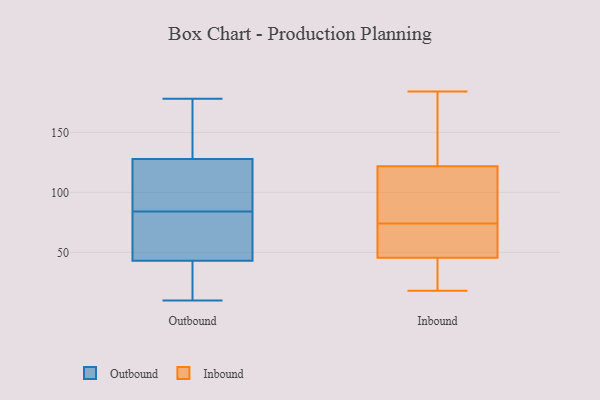
{"axis": {"x": "Conversion Rate (%)", "y": "Value"}, "legend": ["Inbound", "Outbound"], "data": [{"x": "", "y": 85, "type": "Outbound"}, {"x": "", "y": 41, "type": "Outbound"}, {"x": "", "y": 115, "type": "Outbound"}, {"x": "", "y": 25, "type": "Outbound"}, {"x": "", "y": 135, "type": "Outbound"}, {"x": "", "y": 53, "type": "Outbound"}, {"x": "", "y": 49, "type": "Outbound"}, {"x": "", "y": 132, "type": "Outbound"}, {"x": "", "y": 72, "type": "Outbound"}, {"x": "", "y": 98, "type": "Outbound"}, {"x": "", "y": 10, "type": "Outbound"}, {"x": "", "y": 30, "type": "Outbound"}, {"x": "", "y": 84, "type": "Outbound"}, {"x": "", "y": 103, "type": "Outbound"}, {"x": "", "y": 175, "type": "Outbound"}, {"x": "", "y": 142, "type": "Outbound"}, {"x": "", "y": 178, "type": "Outbound"}, {"x": "", "y": 26, "type": "Outbound"}, {"x": "", "y": 67, "type": "Outbound"}, {"x": "", "y": 184, "type": "Inbound"}, {"x": "", "y": 103, "type": "Inbound"}, {"x": "", "y": 47, "type": "Inbound"}, {"x": "", "y": 74, "type": "Inbound"}, {"x": "", "y": 163, "type": "Inbound"}, {"x": "", "y": 18, "type": "Inbound"}, {"x": "", "y": 128, "type": "Inbound"}, {"x": "", "y": 38, "type": "Inbound"}, {"x": "", "y": 51, "type": "Inbound"}, {"x": "", "y": 88, "type": "Inbound"}, {"x": "", "y": 45, "type": "Inbound"}]}